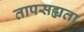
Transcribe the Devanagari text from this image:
तापसह्यता